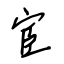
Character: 宦